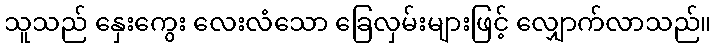
သူသည် နှေးကွေး လေးလံသော ခြေလှမ်းများဖြင့် လျှောက်လာသည်။